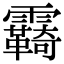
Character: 𩆺